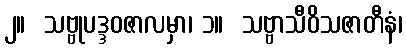
၂။  သဗ္ဗုပဒ္ဒဝဇာလမှာ၊ ၁။  သဗ္ဗာသီဝိသဇာတီနံ၊